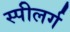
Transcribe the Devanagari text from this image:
स्पीलर्ग